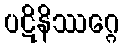
ပဋိနိဿဂ္ဂေ